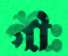
গীঃ